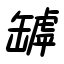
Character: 罅